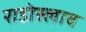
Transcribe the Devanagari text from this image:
राडोस्लाव